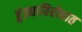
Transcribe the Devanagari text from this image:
हुंड्याविरोधात